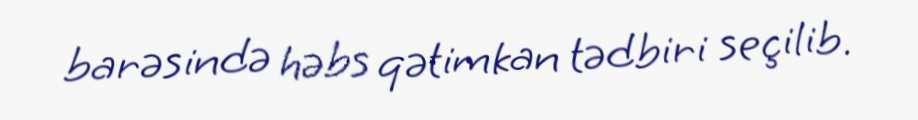
barəsində həbs qətimkan tədbiri seçilib.